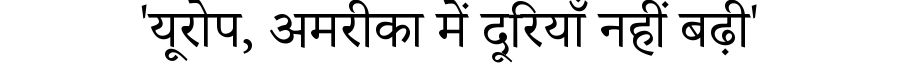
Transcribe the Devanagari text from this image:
'यूरोप, अमरीका में दूरियाँ नहीं बढ़ी'